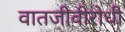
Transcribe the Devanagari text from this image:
वातजीवीरोधी